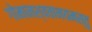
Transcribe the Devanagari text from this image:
गोमानश्ववानयमस्तु